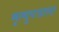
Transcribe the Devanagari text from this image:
मृत्युपत्राला